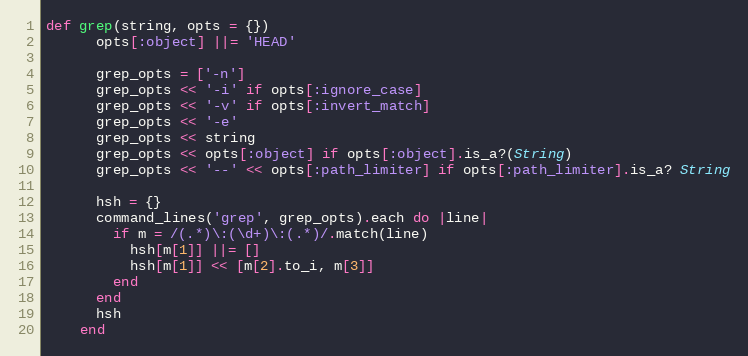
Language: Ruby
def grep(string, opts = {})
      opts[:object] ||= 'HEAD'

      grep_opts = ['-n']
      grep_opts << '-i' if opts[:ignore_case]
      grep_opts << '-v' if opts[:invert_match]
      grep_opts << '-e'
      grep_opts << string
      grep_opts << opts[:object] if opts[:object].is_a?(String)
      grep_opts << '--' << opts[:path_limiter] if opts[:path_limiter].is_a? String

      hsh = {}
      command_lines('grep', grep_opts).each do |line|
        if m = /(.*)\:(\d+)\:(.*)/.match(line)
          hsh[m[1]] ||= []
          hsh[m[1]] << [m[2].to_i, m[3]]
        end
      end
      hsh
    end